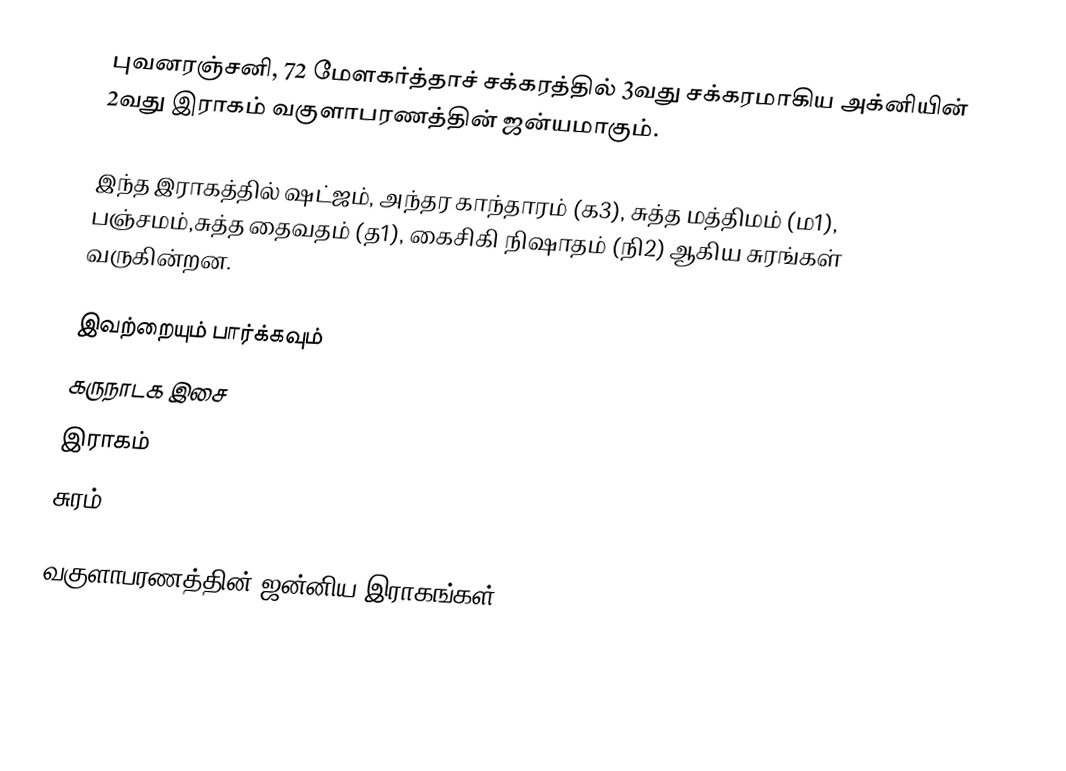
புவனரஞ்சனி, 72 மேளகர்த்தாச் சக்கரத்தில் 3வது சக்கரமாகிய அக்னியின் 2வது இராகம் வகுளாபரணத்தின் ஜன்யமாகும்.

இந்த இராகத்தில் ஷட்ஜம், அந்தர காந்தாரம் (க3), சுத்த மத்திமம் (ம1), பஞ்சமம்,சுத்த தைவதம் (த1), கைசிகி நிஷாதம்  (நி2) ஆகிய சுரங்கள் வருகின்றன.

இவற்றையும் பார்க்கவும்
 கருநாடக இசை
 இராகம்
 சுரம்

வகுளாபரணத்தின் ஜன்னிய இராகங்கள்